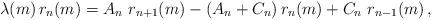
LaTeX: \begin{align*} \lambda(m)\, r_n(m)=A_{n}\ r_{n+1}(m) -(A_n+C_n)\,r_n(m)+ C_n \ r_{n-1}(m)\,,\end{align*}